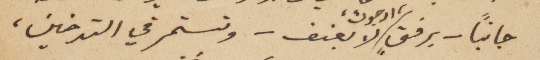
جانباً – برفقٍ، ارجوك، لا بعنف – وتستمر في التدخين،